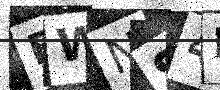
Text: FWNS4E